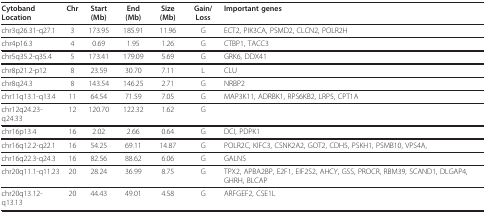
<table><thead><tr><td><b>Cytoband Location</b></td><td><b>Chr</b></td><td><b>Start(Mb)</b></td><td><b>End (Mb)</b></td><td><b>Size (Mb)</b></td><td><b>Gain/Loss</b></td><td><b>Important genes</b></td></tr></thead><tbody><tr><td>chr3q26.31-q27.1</td><td>3</td><td>173.95</td><td>185.91</td><td>11.96</td><td>G</td><td>ECT2, PIK3CA, PSMD2, CLCN2, POLR2H</td></tr><tr><td>chr4p16.3</td><td>4</td><td>0.69</td><td>1.95</td><td>1.26</td><td>G</td><td>CTBP1, TACC3</td></tr><tr><td>chr5q35.2-q35.4</td><td>5</td><td>173.41</td><td>179.09</td><td>5.69</td><td>G</td><td>GRK6, DDX41</td></tr><tr><td>chr8p21.2-p12</td><td>8</td><td>23.59</td><td>30.70</td><td>7.11</td><td>L</td><td>CLU</td></tr><tr><td>chr8q24.3</td><td>8</td><td>143.54</td><td>146.25</td><td>2.71</td><td>G</td><td>NRBP2</td></tr><tr><td>chr11q13.1-q13.4</td><td>11</td><td>64.54</td><td>71.59</td><td>7.05</td><td>G</td><td>MAP3K11, ADRBK1, RPS6KB2, LRP5, CPT1A</td></tr><tr><td>chr12q24.23-q24.33</td><td>12</td><td>120.70</td><td>122.32</td><td>1.62</td><td>G</td><td></td></tr><tr><td>chr16p13.4</td><td>16</td><td>2.02</td><td>2.66</td><td>0.64</td><td>G</td><td>DCI, PDPK1</td></tr><tr><td>chr16q12.2-q22.1</td><td>16</td><td>54.25</td><td>69.11</td><td>14.87</td><td>G</td><td>POLR2C, KIFC3, CSNK2A2, GOT2, CDH5, PSKH1, PSMB10, VPS4A,</td></tr><tr><td>chr16q22.3-q24.3</td><td>16</td><td>82.56</td><td>88.62</td><td>6.06</td><td>G</td><td>GALNS</td></tr><tr><td>chr20q11.1-q11.23</td><td>20</td><td>28.24</td><td>36.99</td><td>8.75</td><td>G</td><td>TPX2, APBA2BP, E2F1, EIF2S2, AHCY, GSS, PROCR, RBM39, SCAND1, DLGAP4, GHRH, BLCAP</td></tr><tr><td>chr20q13.12-q13.13</td><td>20</td><td>44.43</td><td>49.01</td><td>4.58</td><td>G</td><td>ARFGEF2, CSE1L</td></tr></tbody></table>